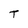
Character: T